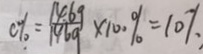
C \% = \frac { 1 4 . 6 g } { 1 4 6 g } \times 1 0 0 \% = 1 0 \%